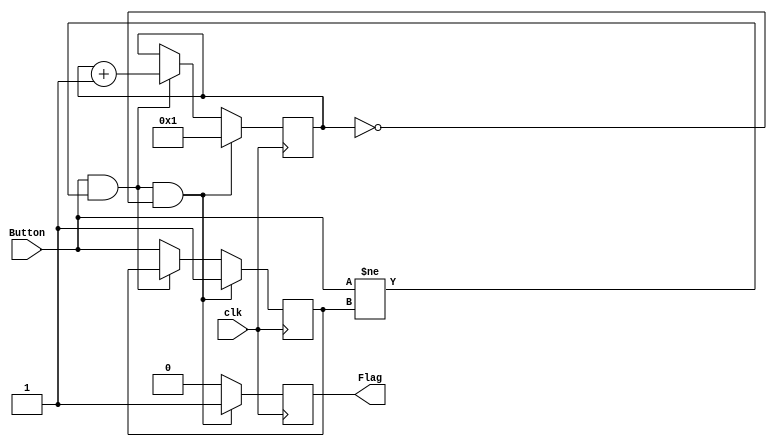
`timescale 1ns / 1ps

module Debounce(
input clk,		//input clock
input Button,  //input reset signal (external button)
output reg Flag //output reset signal (delayed)
    );
//--------------------------------------------
reg previous_state =0;
reg [14:0]Count = 0; //assume count is null on FPGA configuration // approximatly 20ms when done counting

//--------------------------------------------
always @(posedge clk) begin  	//activates every clock edge
 //previous_state <= Button;		// localise the reset signal
   if (Button && Button != previous_state && Count == 0) begin		// reset block
    Flag <= 1'b1;					// reset the output to 1
	 Count <= 1;
	 previous_state <= 1;
  end 
  else if (Button && Button != previous_state) begin
	 Flag <= 1'b0;	
	 Count <= Count + 1'b1;
  end 
  else begin
	 Flag <= 1'b0;	
	 previous_state <= Button;
  end

end //always
 //--------------------------------------------
endmodule
//------------------------------------